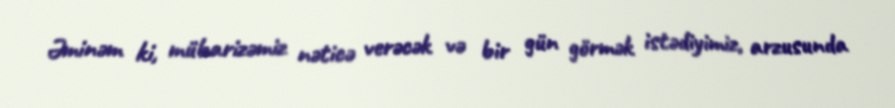
Əminəm ki, mübarizəmiz nəticə verəcək və bir gün görmək istədiyimiz, arzusunda